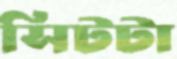
সিটটা